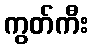
ကွတ်ကီး